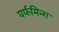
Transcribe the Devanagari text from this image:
पर्फमिन्ग